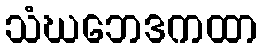
သံဃဘေဒကထာ